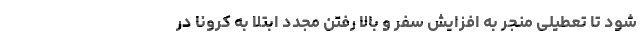
شود تا تعطیلی منجر به افزایش سفر و بالا رفتن مجدد ابتلا به کرونا در